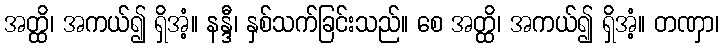
အတ္ထိ၊ အကယ်၍ ရှိအံ့။ နန္ဒီ၊ နှစ်သက်ခြင်းသည်။ စေ အတ္ထိ၊ အကယ်၍ ရှိအံ့။ တဏှာ၊